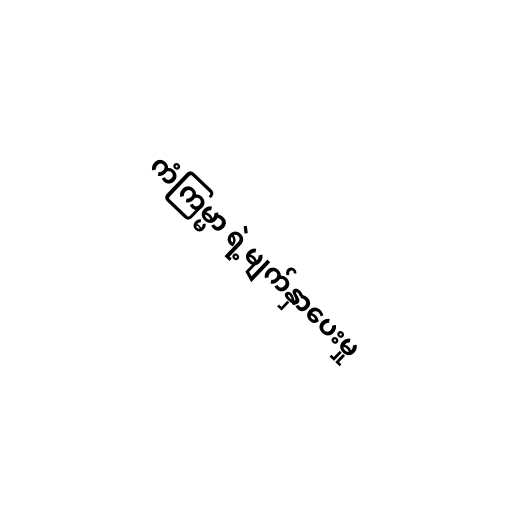
ကံကြမ္မာ ရဲ့မျက်နှာပေးမှု